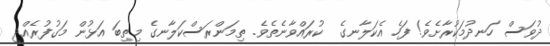
ދުވަސް ހަނދުމަކުރާށެވެ! ފަހެ އެކަލާނގެ  ކުރައްވާނެތެވެ. ތިމަންރަސްކަލާނގެ މިތިބަ އަޅުން މަގުފުރެއްދީ